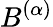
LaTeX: B^{(\alpha)}